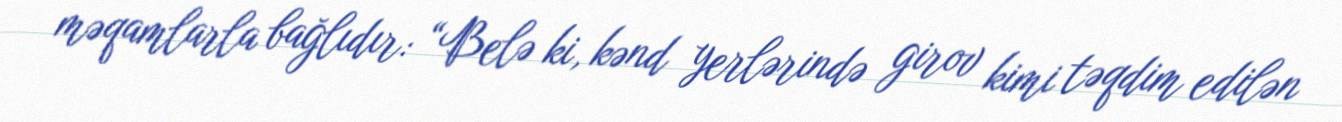
məqamlarla bağlıdır: “Belə ki, kənd yerlərində girov kimi təqdim edilən